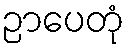
ဉာပေတုံ